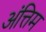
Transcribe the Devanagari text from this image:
अंत्तिम